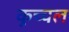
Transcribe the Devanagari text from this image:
कुच्चल